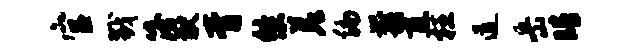
官戮簿猷胥悠差编翦直枉道岳睛